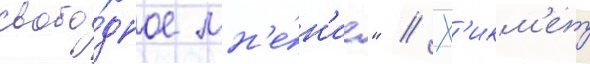
свобо́дное мн'е́н'ие" // Х'икм'ет